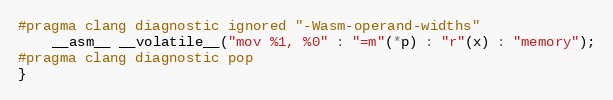
Language: C
#pragma clang diagnostic ignored "-Wasm-operand-widths"
    __asm__ __volatile__("mov %1, %0" : "=m"(*p) : "r"(x) : "memory");
#pragma clang diagnostic pop
}